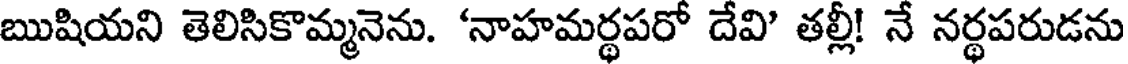
ఋషియని తెలిసికొమ్మనెను. 'నాహమర్థపరో దేవి' తల్లీ! నే నర్థపరుడను